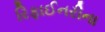
રિફાઈનરીના